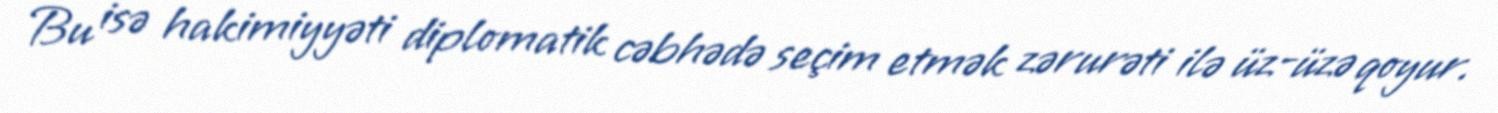
Bu isə hakimiyyəti diplomatik cəbhədə seçim etmək zərurəti ilə üz-üzə qoyur.